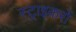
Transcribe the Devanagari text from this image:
स्ट्राइकरों